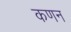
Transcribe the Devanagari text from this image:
कणन